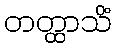
တတ္ထာသိံ